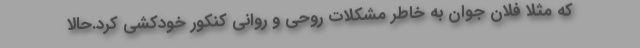
که مثلاً فلان جوان به خاطر مشکلات روحی و روانی کنکور خودکشی کرد.حالا